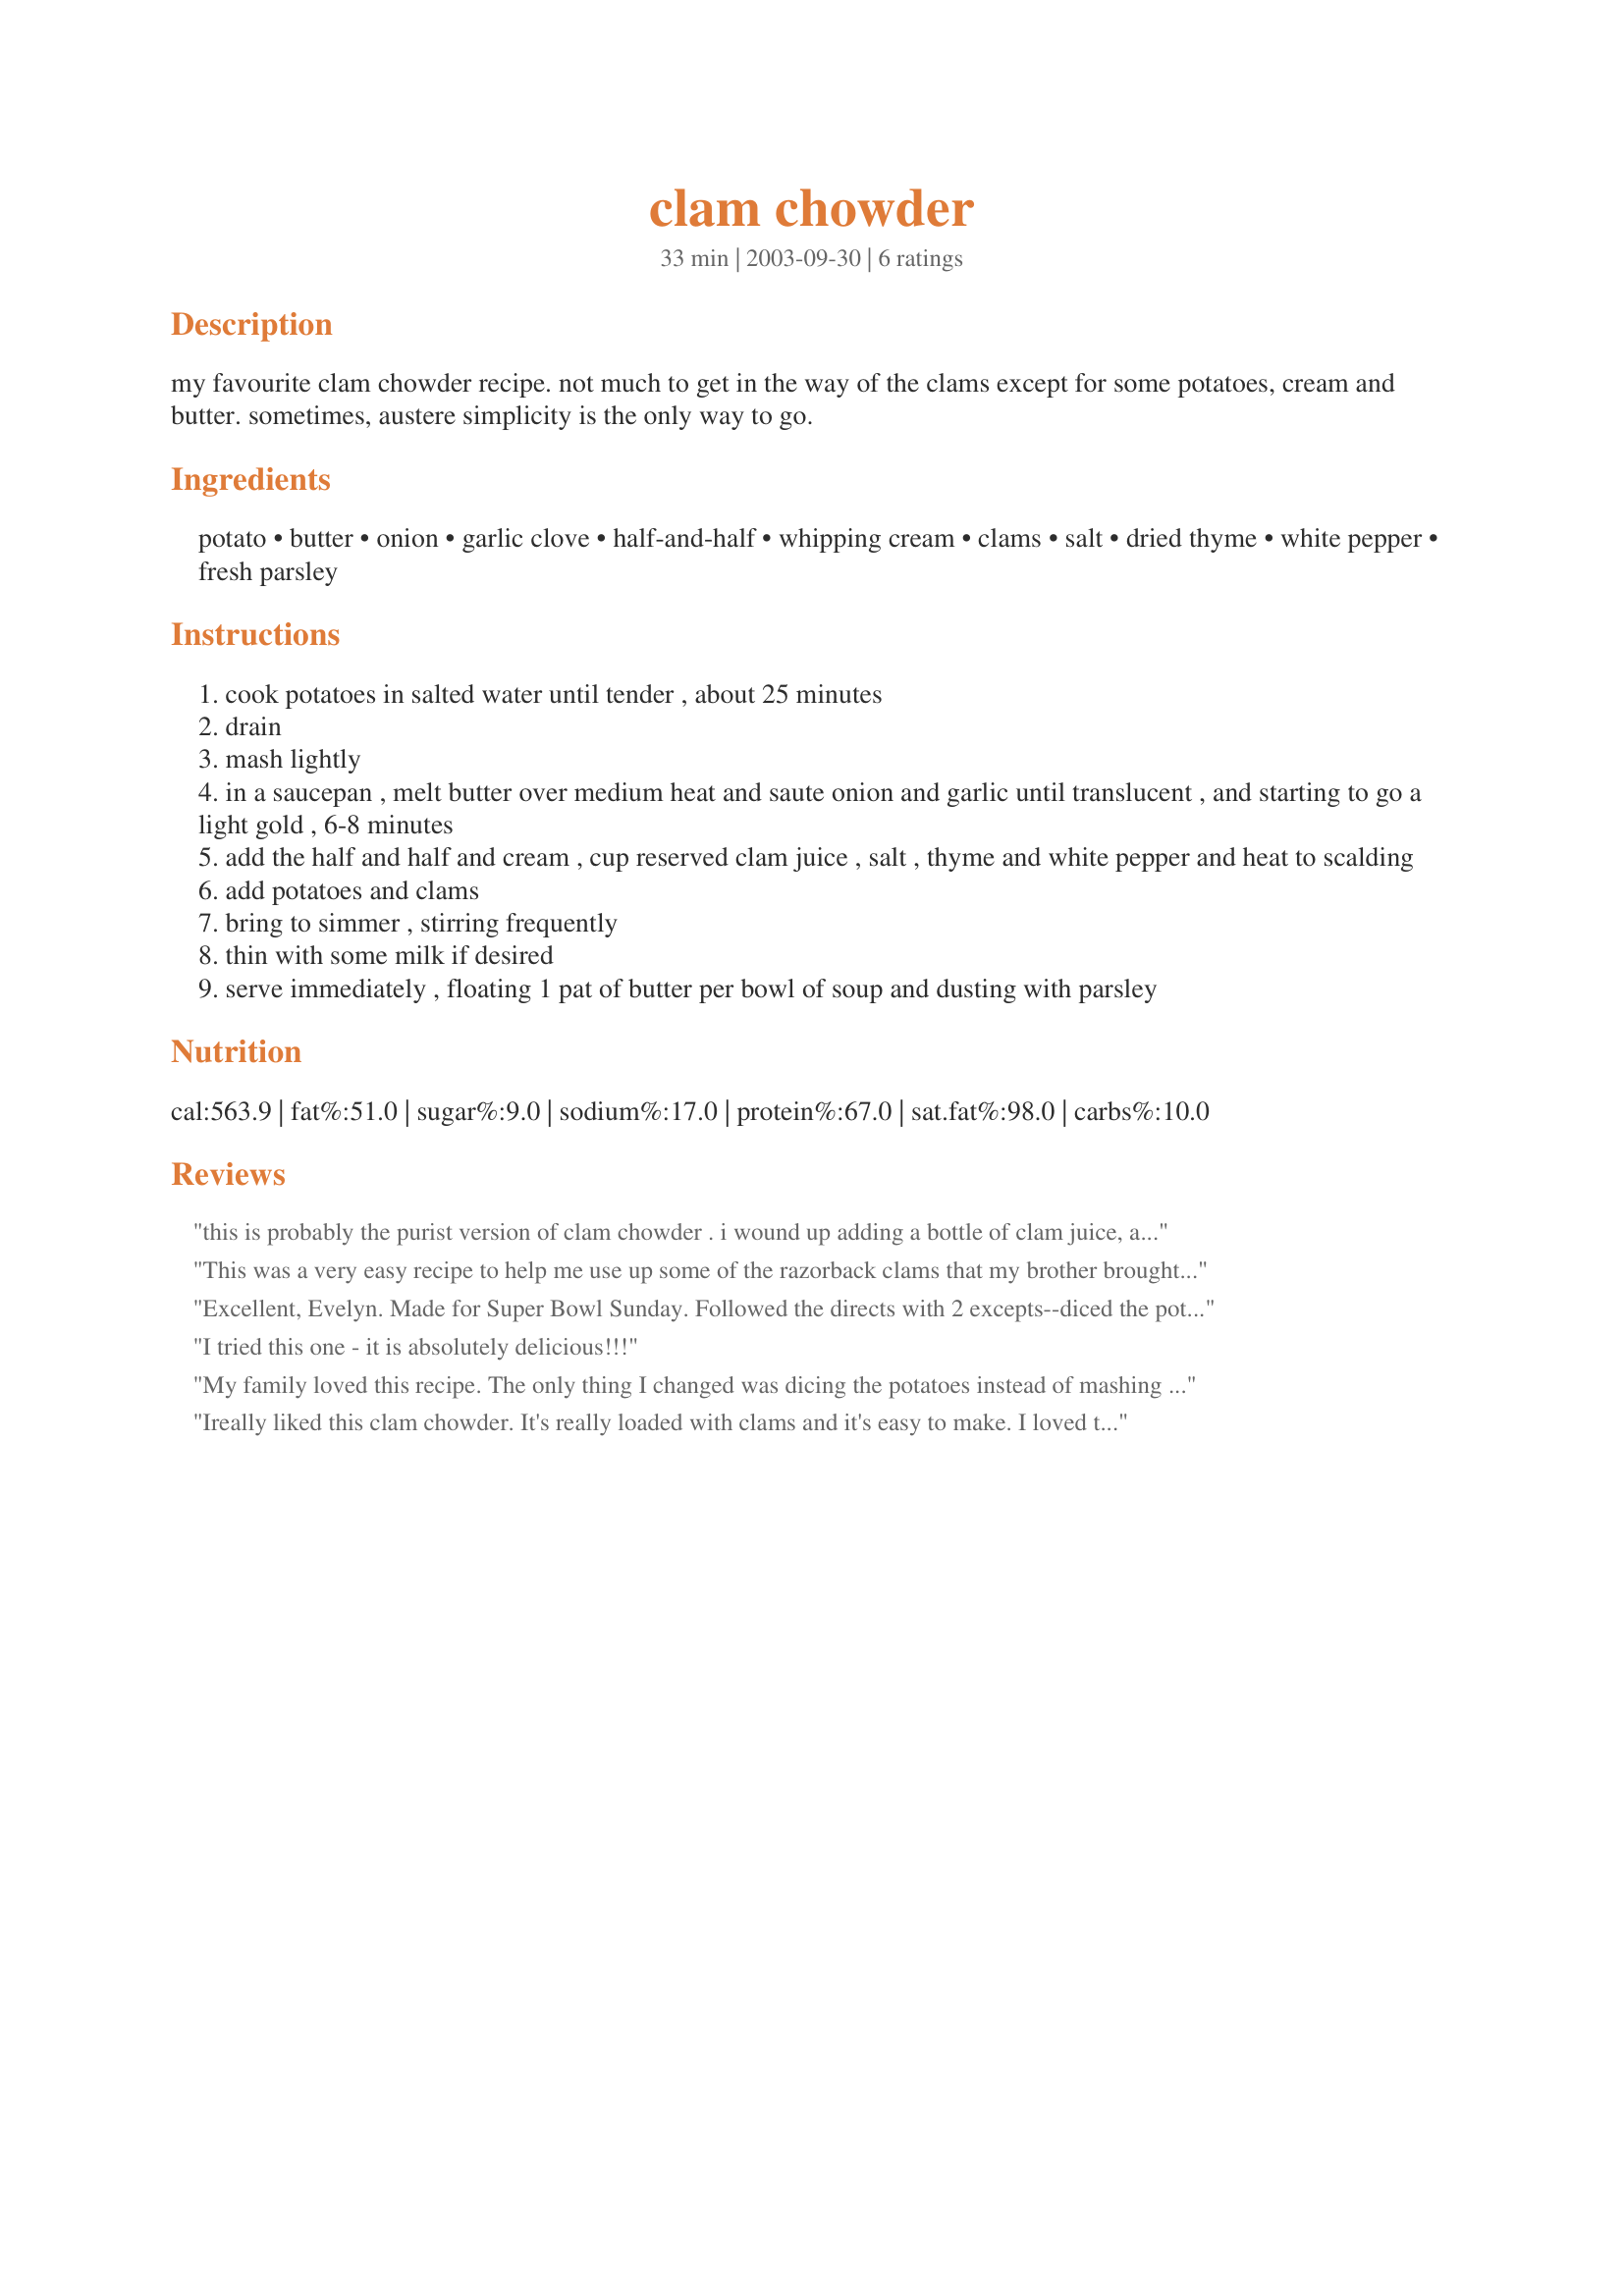
clam chowder
Preparation time: 33 minutes

my favourite clam chowder recipe. not much to get in the way of the clams except for some potatoes, cream and butter. sometimes, austere simplicity is the only way to go.

Ingredients:
potato, butter, onion, garlic clove, half-and-half, whipping cream, clams, salt, dried thyme, white pepper, fresh parsley

Steps:
cook potatoes in salted water until tender , about 25 minutes
drain
mash lightly
in a saucepan , melt butter over medium heat and saute onion and garlic until translucent , and starting to go a light gold , 6-8 minutes
add the half and half and cream , cup reserved clam juice , salt , thyme and white pepper and heat to scalding
add potatoes and clams
bring to simmer , stirring frequently
thin with some milk if desired
serve immediately , floating 1 pat of butter per bowl of soup and dusting with parsley

Reviews:
this is probably the purist version of clam chowder . i wound up adding a bottle of clam juice, a cup of fish stock , and other ingredients which probably made this more of my own recipe than yours, sorry. my family thought this was bland so i had to add ingredients to make them happy.
This was a very easy recipe to help me use up some of the razorback clams that my brother brought back from a recent clamming trip. I doubled the amounts of cream, as well as butter (I just like things a little more soupy!), and added celery and carrot. Both the hubby and I finished the whole pot in one sitting..oops!
Excellent, Evelyn. Made for Super Bowl Sunday. Followed the directs with 2 excepts--diced the potatoes and added a little more parsley. As good as any from the east coast! Thanks for posting!!!
I tried this one - it is absolutely delicious!!!
My family loved this recipe. The only thing I changed was dicing the potatoes instead of mashing them.
Ireally liked this clam chowder. It's really loaded with clams and it's easy to make. I loved the idea of lightly mashing the potatoes.... it thickens the soup nicely without having to mess with making a roux. I did add some chopped onion for extra flavor. I used fat free half and half. It isn't the most flavorful clam chowder, but it will satisfy your craving for clam chowder when you're in a hurry. Thanx ev!
